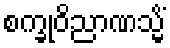
စက္ခုဝိညာဏသ္မိံ